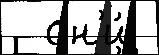
  он'и́